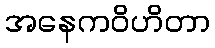
အနေကဝိဟိတာ